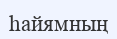
һайямның